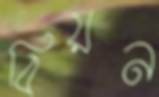
বিয়ন